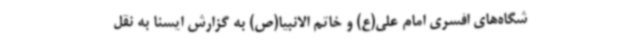
شگاه‌های افسری امام علی(ع) و خاتم الانبیا(ص) به گزارش ایسنا به نقل